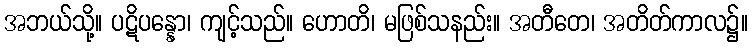
အဘယ်သို့။ ပဋိပန္နော၊ ကျင့်သည်။ ဟောတိ၊ မဖြစ်သနည်း။ အတီတေ၊ အတိတ်ကာလ၌။